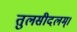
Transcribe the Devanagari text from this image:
तुलसीदलम्।